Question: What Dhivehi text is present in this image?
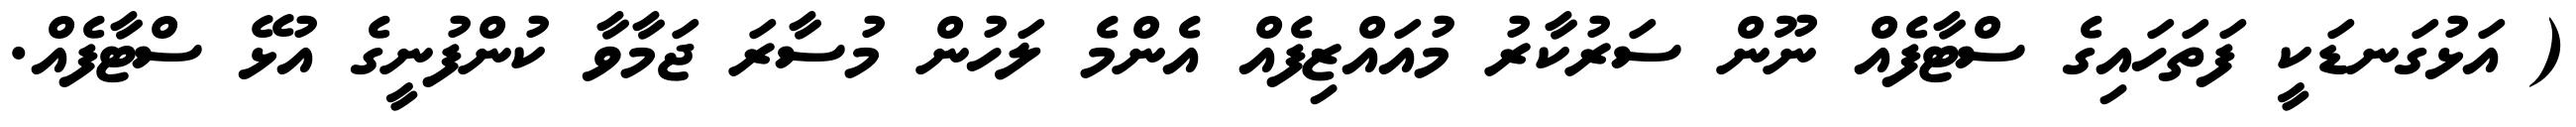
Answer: ( އަޅުގަނޑަކީ ފަތަހައިގެ ސްޓާފެއް ނޫން ސަރުކާރު މުއައްޒިފެއް އެންމެ ލަހުން މުސާރަ ޖަމާވާ ކުންފުނީގެ އުޅޭ ސްޓާފެއް.